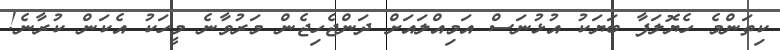
ކިތަންމެ ހެޔޮލަފާ ބަޔަކު އުޅުނަސް އަމިއްލައަށް ދަންޖެހިޖެން މަރުވާނެ މީހަކު އެކަން ކުރާނެ!